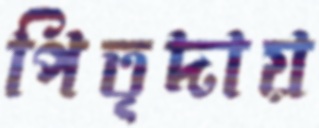
পিতৃদায়